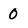
Character: 0